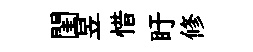
閨昱惜盱修